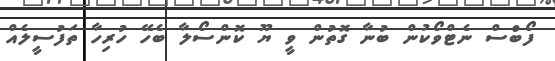
ފޯބްސް ނެޓްވޯކުން ބުނާ ގޮތުން ވީ ޔޫ ކޮންސޯލާ ބެހޭ ހުރިހާ ތަފުސީލެއް